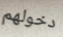
دخولهم